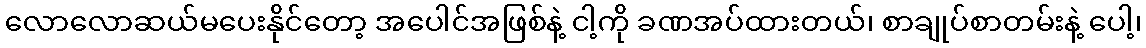
လောလောဆယ်မပေးနိုင်တော့ အပေါင်အဖြစ်နဲ့ ငါ့ကို ခဏအပ်ထားတယ်၊ စာချုပ်စာတမ်းနဲ့ ပေါ့၊